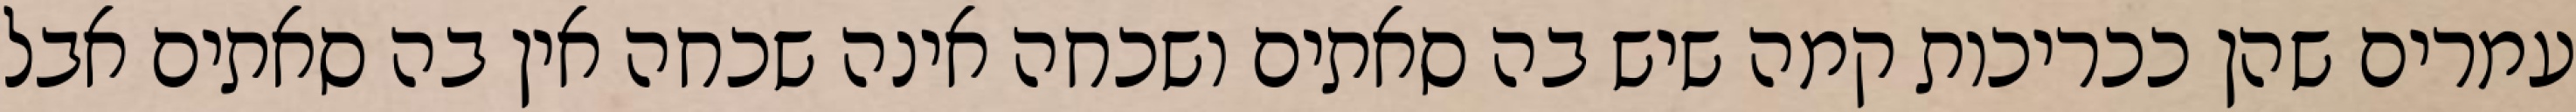
עמרים שהן ככריכות קמה שיש בה סאתים ושכחה אינה שכחה אין בה סאתים אבל